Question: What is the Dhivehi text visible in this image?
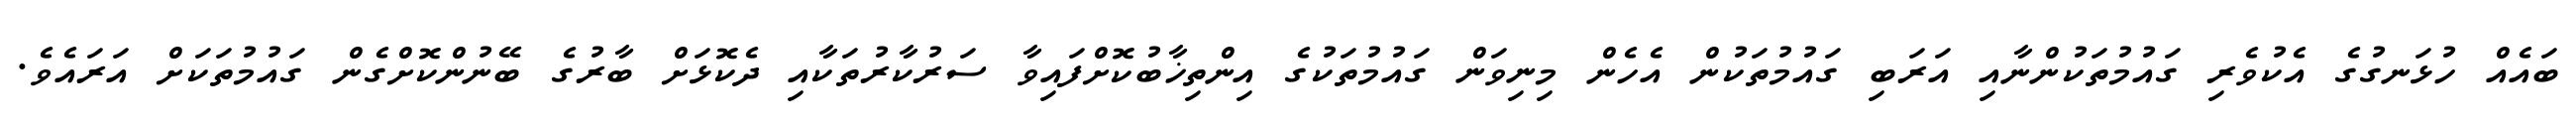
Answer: ބައެއް ހުޅަނގުގެ އެކުވެރި ގައުމުތަކުންނާއި އަރަބި ގައުމުތަކުން އެހެން މިނިވަން ގައުމުތަކުގެ އިންތިޚާބުކޮށްފައިވާ ސަރުކާރުތަކާއި ދެކޮޅަށް ބާރުގެ ބޭނުންކޮށްގެން ގައުމުތަކަށް އަރައެވެ.